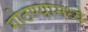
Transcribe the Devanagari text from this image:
गोठण्यामध्ये